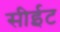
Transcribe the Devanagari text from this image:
सीईट